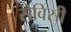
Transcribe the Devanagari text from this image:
सेविसी